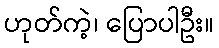
ဟုတ်ကဲ့၊ ပြောပါဦး။